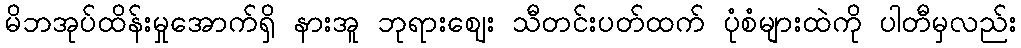
မိဘအုပ်ထိန်းမှုအောက်ရှိ နားအူ ဘုရားဈေး သီတင်းပတ်ထက် ပုံစံများထဲကို ပါတီမှလည်း